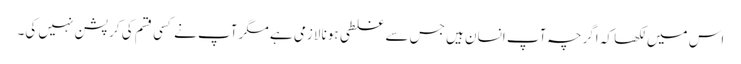
اس میں لکھا کہ اگرچہ آپ انسان ہیں جس سے غلطی ہونا لازمی ہے مگر آپ نے کسی قسم کی کرپشن نہیں کی۔